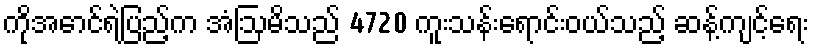
ကိုအောင်ရဲပြည့်က အံဩမိသည် 4720 ကူးသန်းရောင်းဝယ်သည့် ဆန့်ကျင့်ရေး